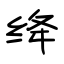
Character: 绛